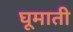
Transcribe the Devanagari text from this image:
घूमाती